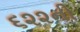
૬૨૨ની